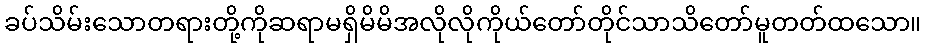
ခပ်သိမ်းသောတရားတို့ကိုဆရာမရှိမိမိအလိုလိုကိုယ်တော်တိုင်သာသိတော်မူတတ်ထသော။